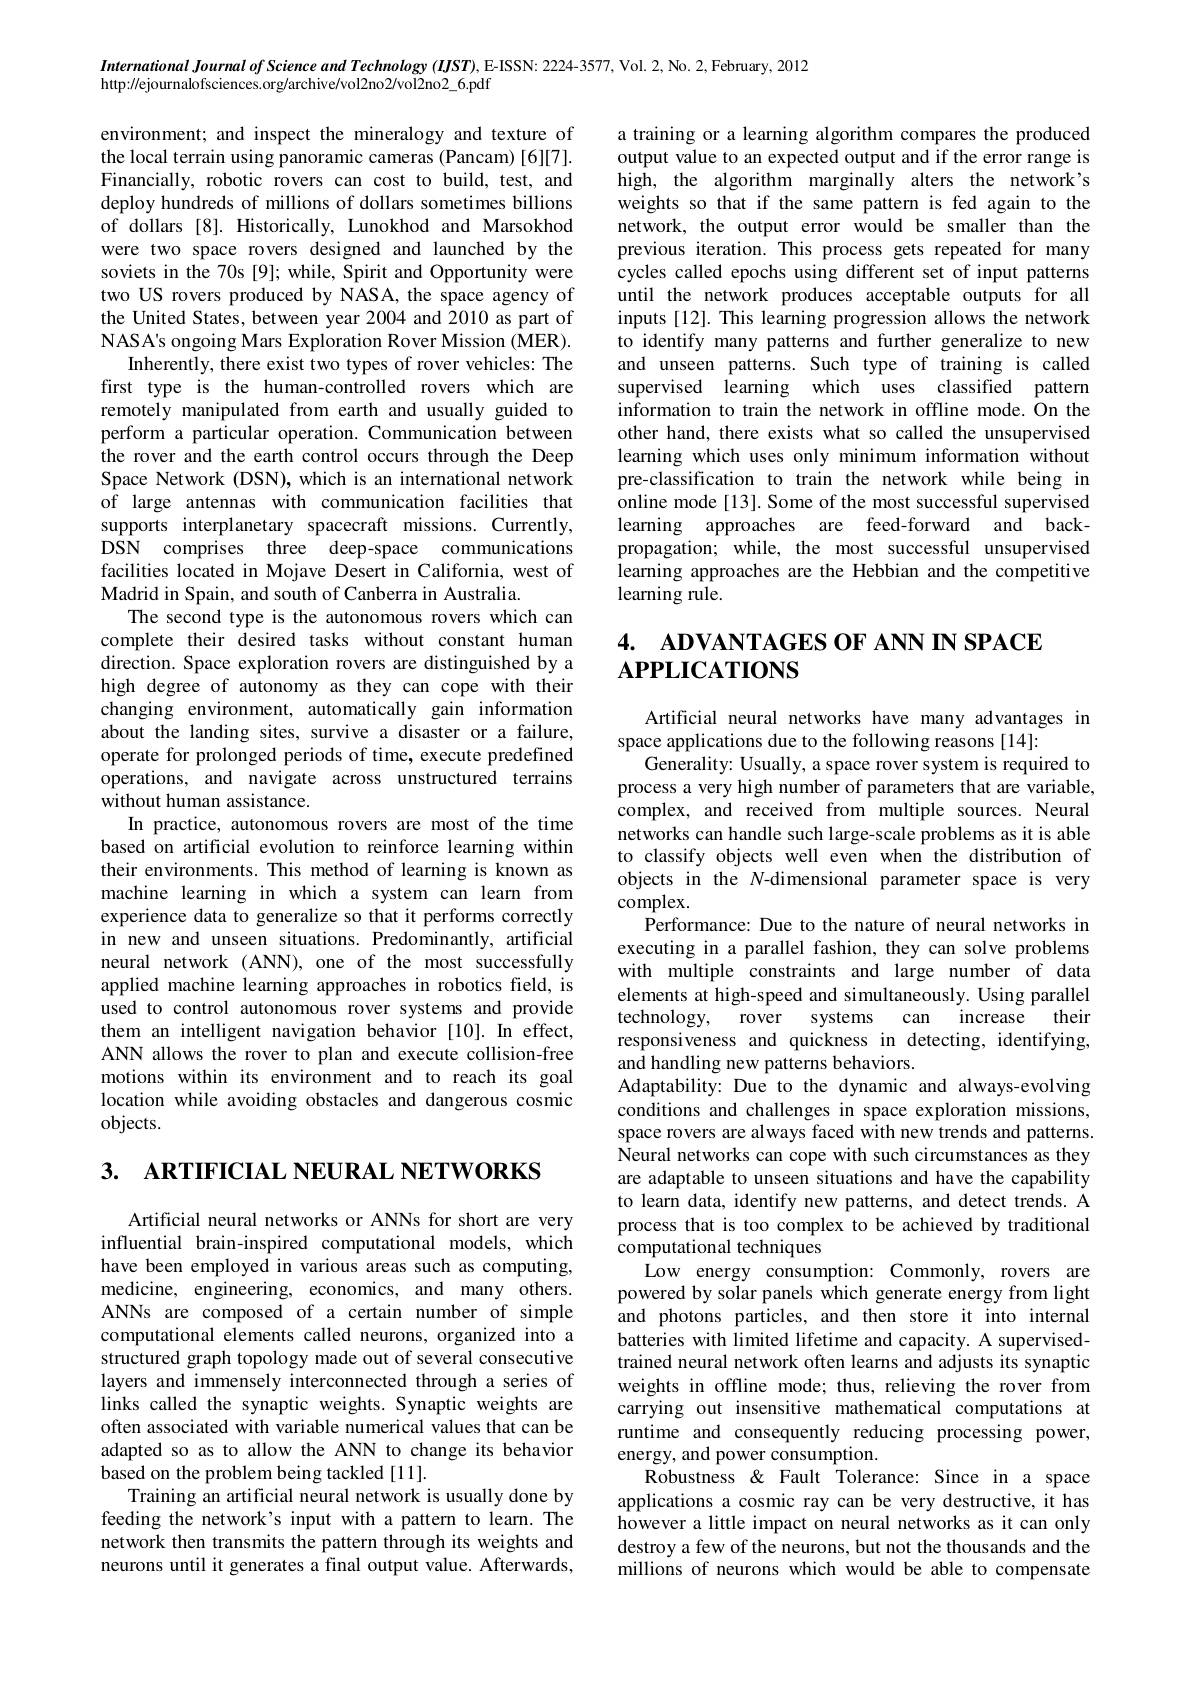
International Journal of Science and Technology (IJST), E-ISSN: 22224-3577, Vol. 2, No. 2, February, 2012
http://ejournalofsciences.org/archive/vol2no2/vol2no2_6.pdf

a training or a learning algorithm compares the produced output value to an expected output and if the error range is high, the algorithm marginally alters the network's weights so that if the same pattern is fed again to the network, the output error would be smaller than the previous iteration. This process gets repeated for many cycles called epochs using different set of input patterns until the network produces acceptable outputs for all inputs[12]. This learning progression allows the network to identify many patterns and further generalize to new and unseen patterns. Such type of training is called supervised learning which uses classified pattern information to train the network in offline mode. On the other hand, there exists what so called the unsupervised learning which uses only minimum information without pre-classification to train the network while being in online mode [13]. Some of the most successful supervised learning approaches are feed-forward and backpropagation; while, the most successful unsupervised learning approaches are the Hebbian and the competitive learning rule.

environment; and inspect the mineralogy and texture of the local terrain using panoramic cameras (Pancam) [6][7]. Financially, robotic rovers can cost to build, test, and deploy hundreds of millions of dollars sometimes billions of dollars [8]. Historically, Lunokhod and Marsokhod were two space rovers designed and launched by the soviets in the 70s [9]; while, Spirit and Opportunity were two US rovers produced by NASA, the space agency of the United States, between year 2004 and 2010 as part of NASA's ongoing Mars Exploration Rover Mission (MER).
Inherently, there exist two types of rover vehicles: The first type is the human-controlled rovers which are remotely manipulated from earth and usually guided to perform a particular operation. Communication between the rover and the earth control occurs through the Deep Space Network (DSN),which is an international network of large antennas with communication facilities that supports interplanetary spacecraft missions. Currently, DSN comprises three deep-space communications facilities located in Mojave Desert in California, west of Madrid in Spain, and south of Canberra in Australia.
The second type is the autonomous rovers which can complete their desired tasks without constant human direction. Space exploration rovers are distinguished by a high degree of autonomy as they can cope with their changing environment, automatically gain information about the landing sites, survive a disaster or a failure, operate for prolonged periods of time, execute predefined operations, and navigate across unstructured terrains without human assistance.
In practice, autonomous rovers are most of the time based on artificial evolution to reinforce learning within their environments. This method of learning is known as machine learning in which a system can learn from experience data to generalize so that it performs correctly in new and unseen situations. Predominantly, artificial neural network (ANN), one of the most successfully applied machine learning approaches in robotics field, is used to control autonomous rover systems and provide them an intelligent navigation behavior [10].In effect, ANN allows the rover to plan and execute collision-free motions within its environment and to reach its goal location while avoiding obstacles and dangerous cosmic objects.

# 4. ADVANTAGES OF ANN IN SPACE $\mathbf{APPLICATIONS}$

Artificial neural networks have many advantages in
space applications due to the following reasons [14]:
Generality: Usually, a space rover system is required to process a very high number of parameters that are variable, complex, and received from multiple sources. Neural networks can handle such large-scale problems as it is able to classify objects well even when the distribution of objects in the N-dimensional parameter space is very complex.
Performance: Due to the nature of neural networks in executing in a parallel fashion, they can solve problems with multiple constraints and large number of data elements at high-speed and simultaneously. Using parallel technology,
rover systems can increase their
responsiveness and quickness in detecting, identifying,
and handling new patterns behaviors.
Adaptability: Due to the dynamic and always-evolving conditions and challenges in space exploration missions, space rovers are always faced with new trends and patterns. Neural networks can cope with such circumstances as they are adaptable to unseen situations and have the capability to learn data, identify new patterns, and detect trends. A process that is too complex to be achieved by traditional computational techniques
Low energy consumption: Commonly, rovers are powered by solar panels which generate energy from light and photons particles, and then store it into internal batteries with limited lifetime and capacity. A supervisedtrained neural network often learns and adjusts its synaptic weights in offline mode; thus, relieving the rover from carrying out insensitive mathematical computations at runtime and consequently reducing processing power, energy, and power consumption.
Robustness & Fault Tolerance: Since in a space applications a cosmic ray can be very destructive, it has however a little impact on neural networks as it can only destroy a few of the neurons, but not the thousands and the millions of neurons which would be able to compensate

3. АRTIFICIAL NEURAL NETWORKS

Artificial neural networks or ANNs for short are very influential brain-inspired computational models, which have been employed in various areas such as computing, medicine, engineering, economics, and many others. ANNs are composed of a certain number of simple computational elements called neurons, organized into a structured graph topology made out of several consecutive layers and immensely interconnected through a series of links called the synaptic weights. Synaptic weights are often associated with variable numerical values that can be adapted so as to allow the ANN to change its behavior based on the problem being tackled [11].
Training an artificial neural network is usually done by feeding the network's input with a pattern to learn. The network then transmits the pattern through its weights and neurons until it generates a final output value. Afterwards,